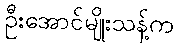
ဦးအောင်မျိုးသန့်က